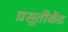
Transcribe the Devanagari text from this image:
प्रसूतीकेंद्र